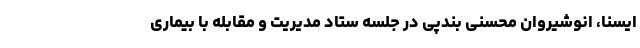
ایسنا، انوشیروان محسنی بندپی در جلسه ستاد مدیریت و مقابله با بیماری